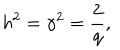
h ^ { 2 } = { \gamma } ^ { 2 } = \frac { 2 } { q } ,